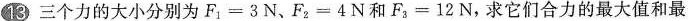
13三个力的大小分别为$$F _ { 1 } = 3 N$$、$$F _ { 2 } = 4 N$$和$$F _ { 3 } = 1 2 N$$，求它们合力的最大值和最